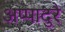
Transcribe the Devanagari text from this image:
अप्पादुरै